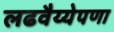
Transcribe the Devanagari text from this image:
लढवैय्येपणा